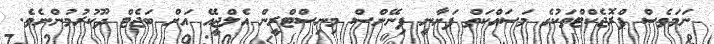
ނަމަވެސް ޕްރޮޖެކްޓްތަކުގެ މަސައްކަތް ފަށާނީ ފިނޭންސް މިނިސްޓްރީން އެލްޖީއޭ އަށް ބަޖެޓް ދޫކުރުމުންނެވެ.